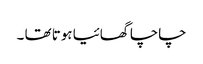
چاچا گھائیا ہوتا تھا ۔